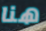
هنا